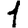
Digit: 1